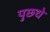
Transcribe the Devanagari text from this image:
पुछ्थे